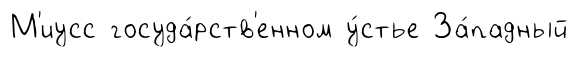
М'иусс госуда́рств'енном у́стье За́падный